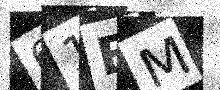
Text: 61EM